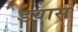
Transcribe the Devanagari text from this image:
डवास